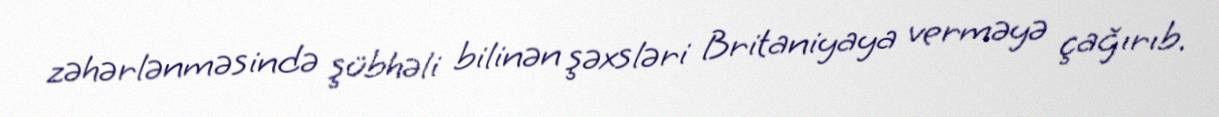
zəhərlənməsində şübhəli bilinən şəxsləri Britaniyaya verməyə çağırıb.